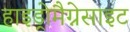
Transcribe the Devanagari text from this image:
हाइड्रोमैग्नेसाइट